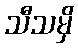
သီသမှိ